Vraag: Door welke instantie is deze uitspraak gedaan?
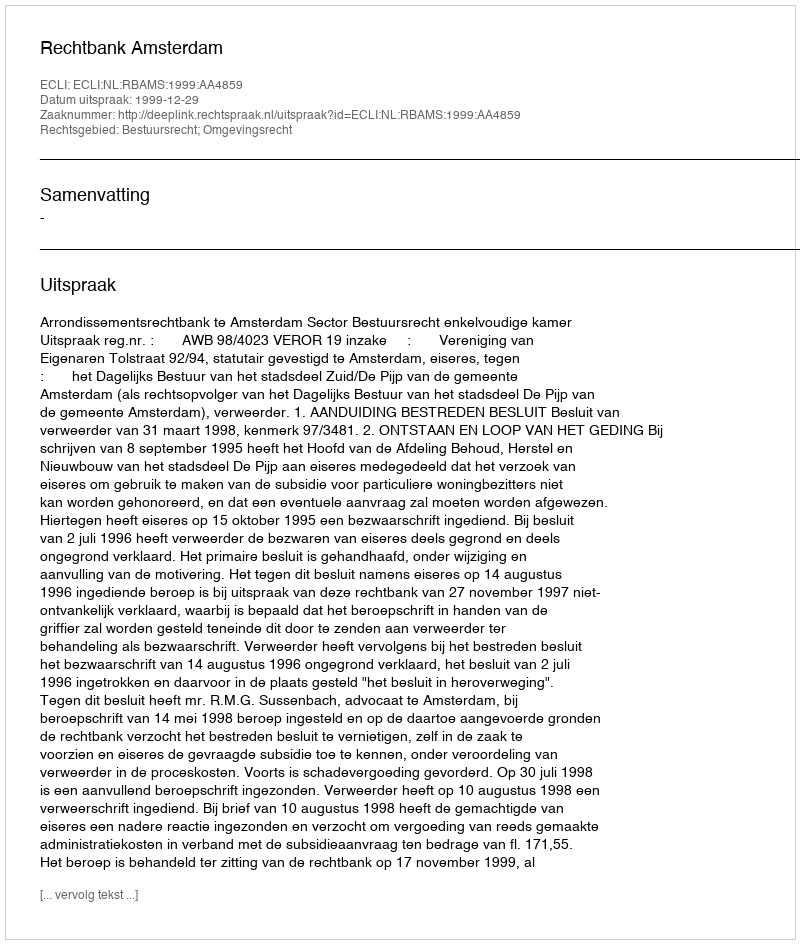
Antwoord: Rechtbank Amsterdam